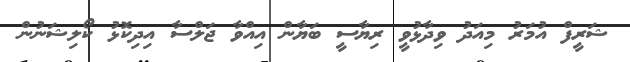
ޝަރީފް އުމަރު މިއަދު ވިދާޅުވީ ރިޔާސީ ބަޔާން އިއްވާ ޖަލްސާ އިދިކޮޅު ކޯލިޝަނުން